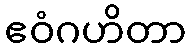
ဧဝံဂဟိတာ